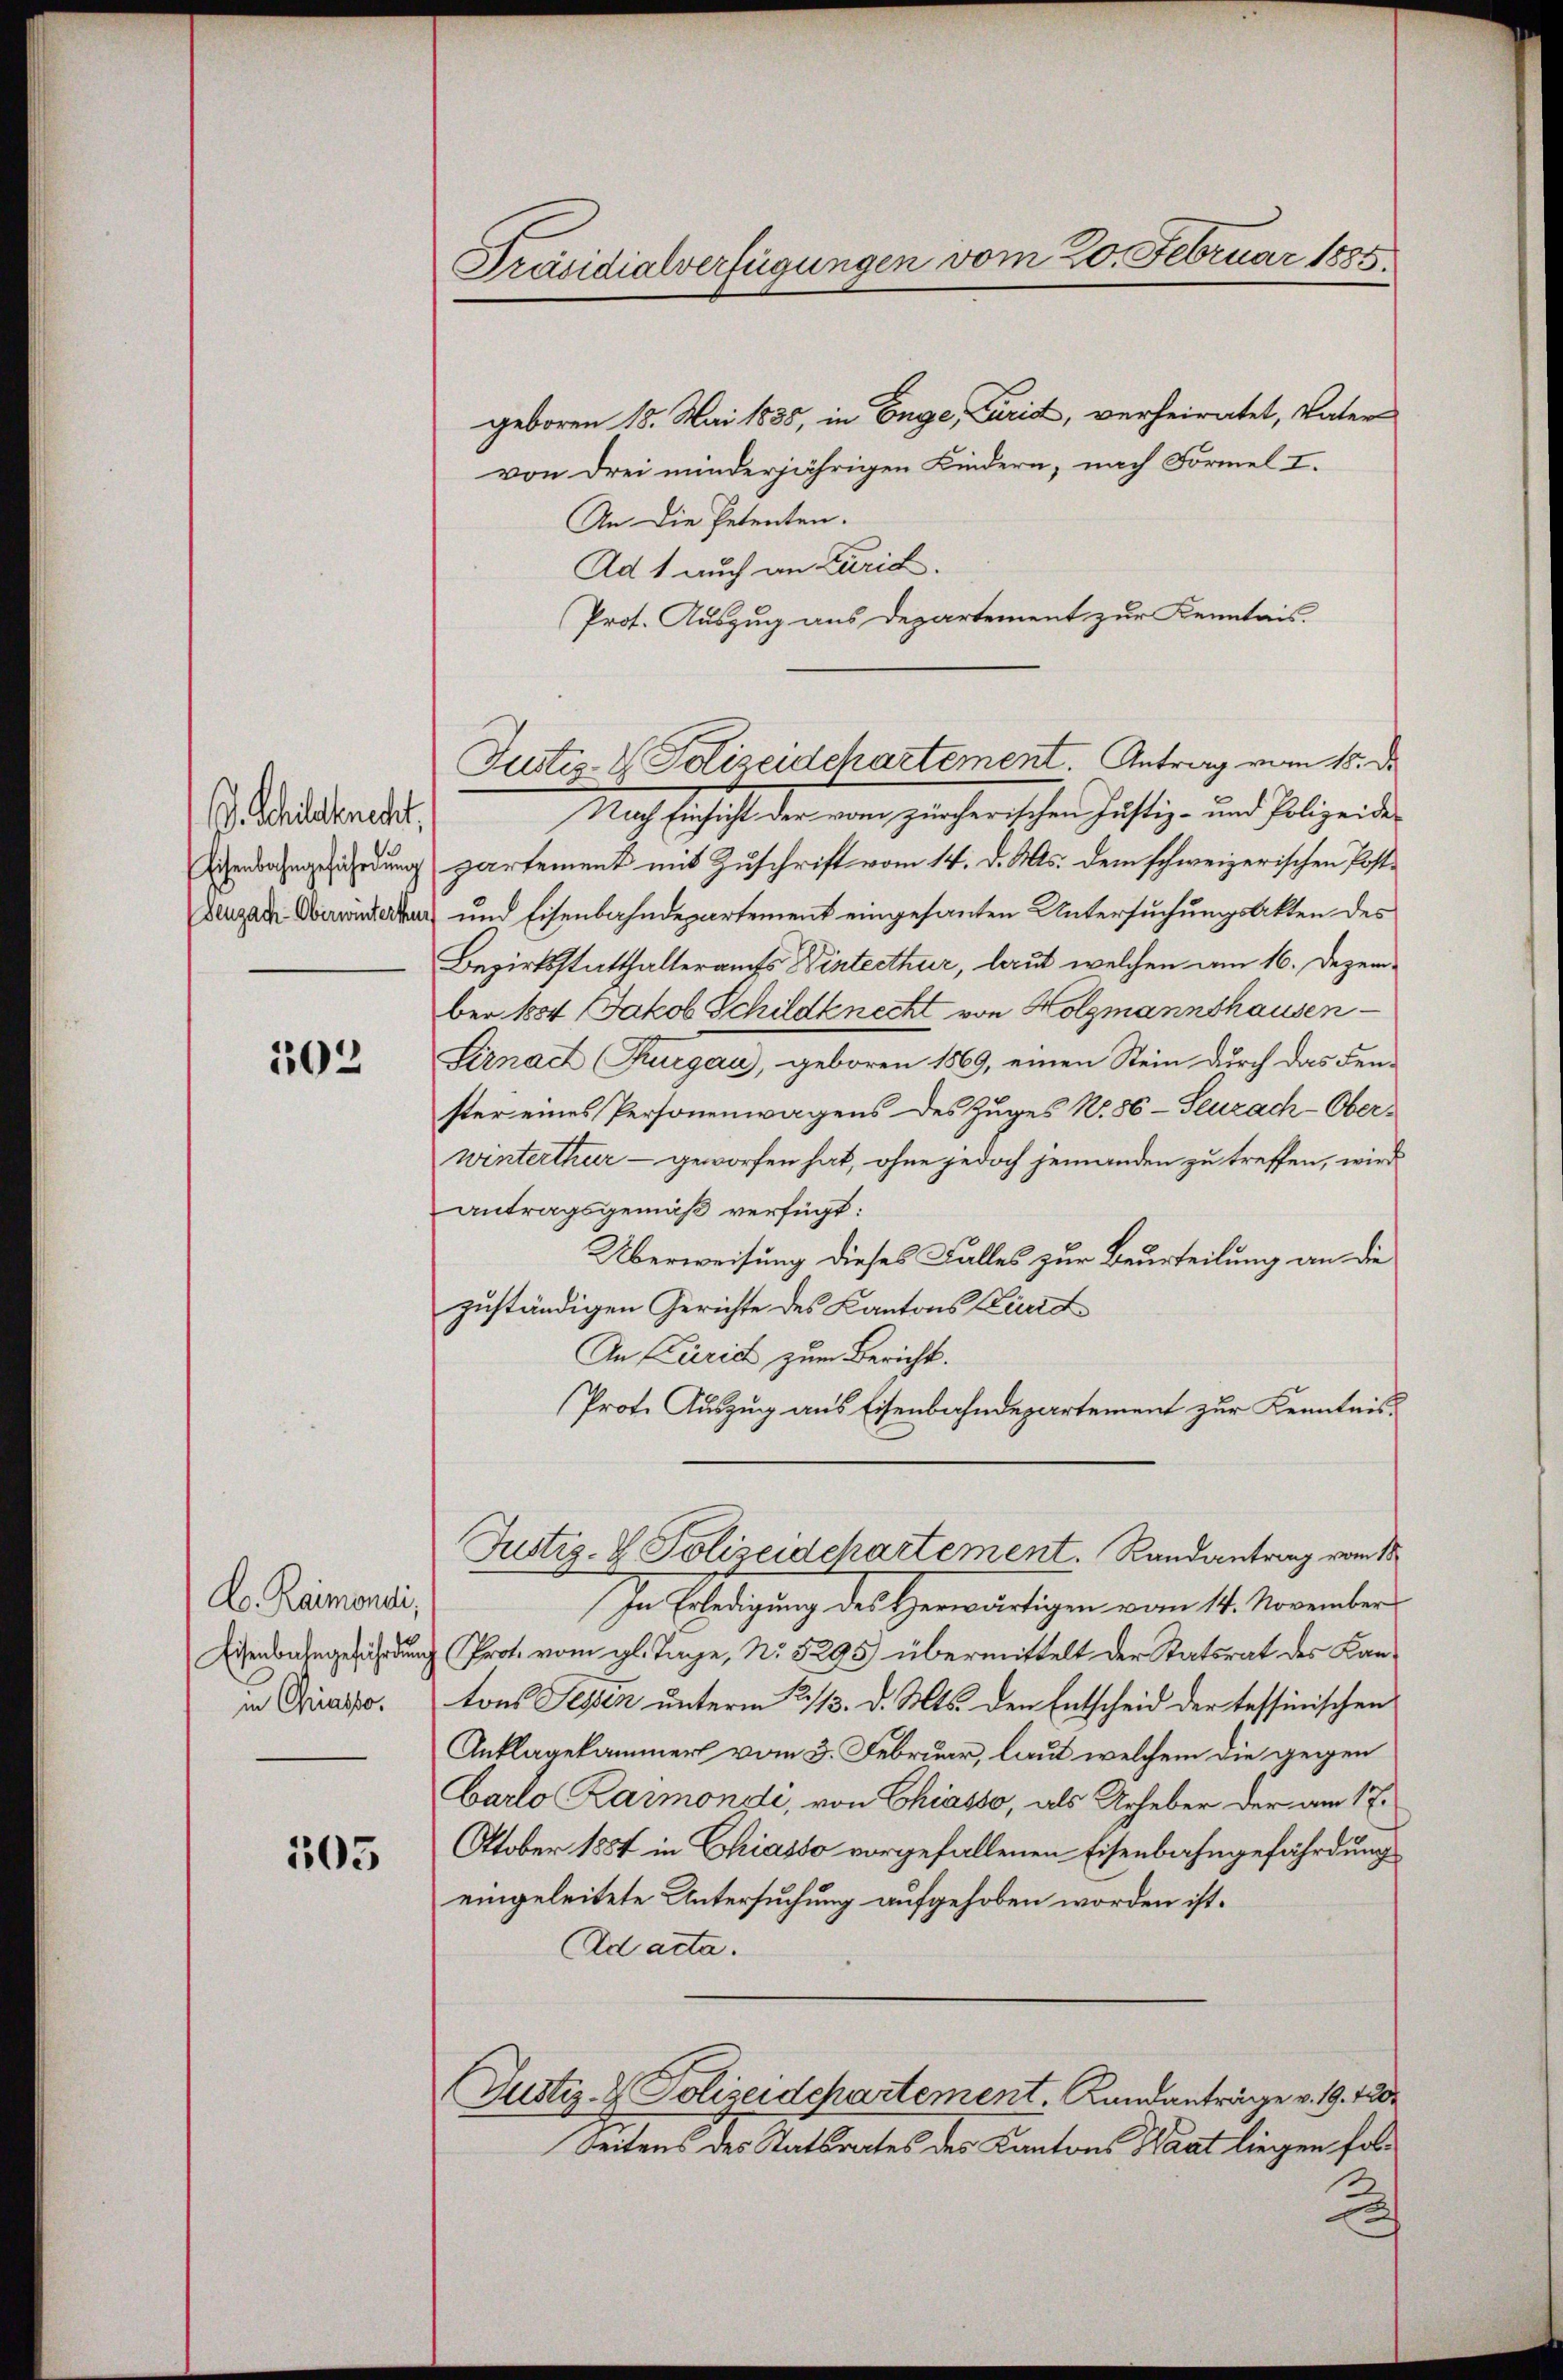
. Schildknecht,
Eisenbahngeführt un
Seuzach-Oberwinterten

102

L. Raimondi,
Eisenbahngeführun
in Chiasso.

505

Präsidialverfügungen vom 20. Februar 1885

geboren 18. Mai 1885, in Enge, Paris, verheiratet, Vater
von drei minderjährigen Kindern, nach Formel I.
An die Petenten.
Ad 1 auch an Kuria.
Prot. Auszug aus Departement zur Kenntnis.
Nach Einsicht der vom zürcherischen Justiz- und Polizeidepartement mit Zuschrift vom 14. d. Ms. dem schweizerischen Post¬
 und Eisenbahndepartement eingesanten Untersuchungsakten des
Bezirksstatthalteramts Winterthur, laut welchen am 16. Dezember 1884 Jakob Schildknecht von Holzmannshausen
Sirnach Thurgau, geboren 1869, einen Stein durch das Fen-
ster eines Personenwagens des Zuges N. 86-Seuzach-Ober-
winterthur - geworfen hat, ohne jedoch jemanden zu treffen, wird
antragsgemäß verfügt:
Überweisung dieses Falles zur Beurteilung an die
zuständigen Gerichte des Kantons Zierd
An Curich zum Bericht.
Prote Auszug aus Eisenbahndepartement zur Kenntnis¬
Justiz- & Polizeidchartement. Randantrag vom 18.
In Erledigung des Herwärtigen vom 14. November
 Prot. vom gl. Tage, No. 5295 übermittelt der Statsrat des Kan-
tons Sessen unterm 2/3. d. Mts. den Entscheid der tessinischen
Anklagekammer vom 3. Februar, laut welchem die gegen
Carlo Rarmonde, von Chiasso, als Urheber der am 17.
Oktober 1884 in Chiasso vorgefallenen Eisenbahngefährdung
eingeleitete Untersuchung aufgehoben worden ist.
Ad acta.
Justiz- & Polizeidepartement. Landanträge v. 19. 120.
Seitens des Statsrates des Kantons Waat liegen fol¬

Justiz- & Polizeidchartement. Antrag vom 15. de